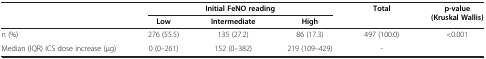
<table><thead><tr><td><b> </b></td><td colspan="3"><b>Initial FeNO reading</b></td><td><b>Total</b></td><td><b>p-value (Kruskal Wallis)</b></td></tr><tr><td><b> </b></td><td><b>Low</b></td><td><b>Intermediate</b></td><td><b>High</b></td><td><b> </b></td><td><b> </b></td></tr></thead><tbody><tr><td>n (%)</td><td>276 (55.5)</td><td>135 (27.2)</td><td>86 (17.3)</td><td>497 (100.0)</td><td>&lt;0.001</td></tr><tr><td>Median (IQR) ICS dose increase (μg)</td><td>0 (0–261)</td><td>152 (0–382)</td><td>219 (109–429)</td><td>-</td><td> </td></tr></tbody></table>